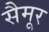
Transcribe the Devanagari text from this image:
सैमूर